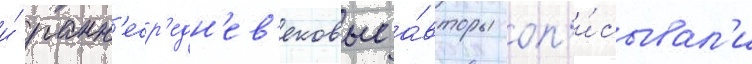
и́ ранн'еср'едн'ев'ековые а́вторы оп'и́сывал'и